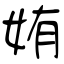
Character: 姷